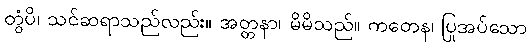
တွံပိ၊ သင်ဆရာသည်လည်း။ အတ္တနာ၊ မိမိသည်။ ကတေန၊ ပြုအပ်သော